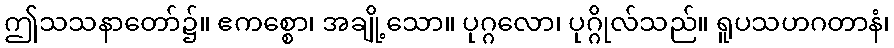
ဤသသနာတော်၌။ ဧကစ္စော၊ အချို့သော။ ပုဂ္ဂလော၊ ပုဂ္ဂိုလ်သည်။ ရူပသဟဂတာနံ၊